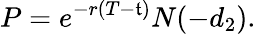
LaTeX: P=e^{-r(T-\mathfrak{t})}N(-d_{2}).